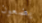
يضعون